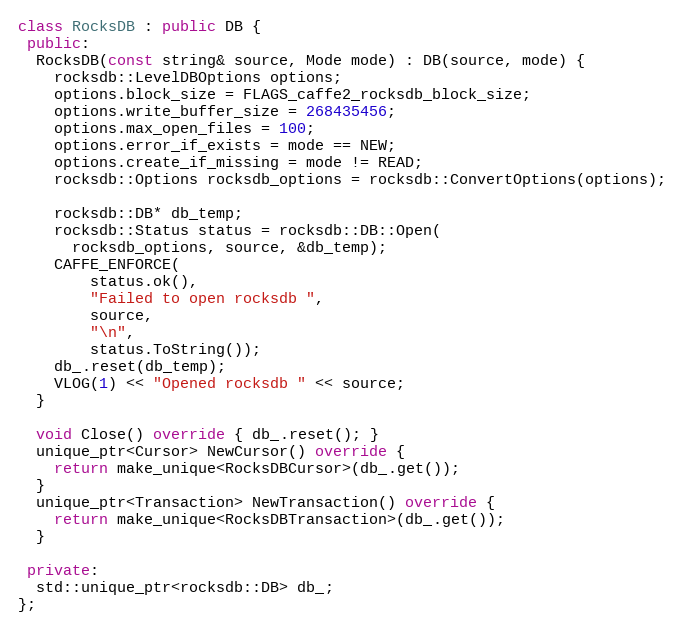
Language: C++
class RocksDB : public DB {
 public:
  RocksDB(const string& source, Mode mode) : DB(source, mode) {
    rocksdb::LevelDBOptions options;
    options.block_size = FLAGS_caffe2_rocksdb_block_size;
    options.write_buffer_size = 268435456;
    options.max_open_files = 100;
    options.error_if_exists = mode == NEW;
    options.create_if_missing = mode != READ;
    rocksdb::Options rocksdb_options = rocksdb::ConvertOptions(options);

    rocksdb::DB* db_temp;
    rocksdb::Status status = rocksdb::DB::Open(
      rocksdb_options, source, &db_temp);
    CAFFE_ENFORCE(
        status.ok(),
        "Failed to open rocksdb ",
        source,
        "\n",
        status.ToString());
    db_.reset(db_temp);
    VLOG(1) << "Opened rocksdb " << source;
  }

  void Close() override { db_.reset(); }
  unique_ptr<Cursor> NewCursor() override {
    return make_unique<RocksDBCursor>(db_.get());
  }
  unique_ptr<Transaction> NewTransaction() override {
    return make_unique<RocksDBTransaction>(db_.get());
  }

 private:
  std::unique_ptr<rocksdb::DB> db_;
};